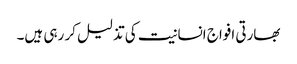
بھارتی افواج انسانیت کی تذلیل کر رہی ہیں۔